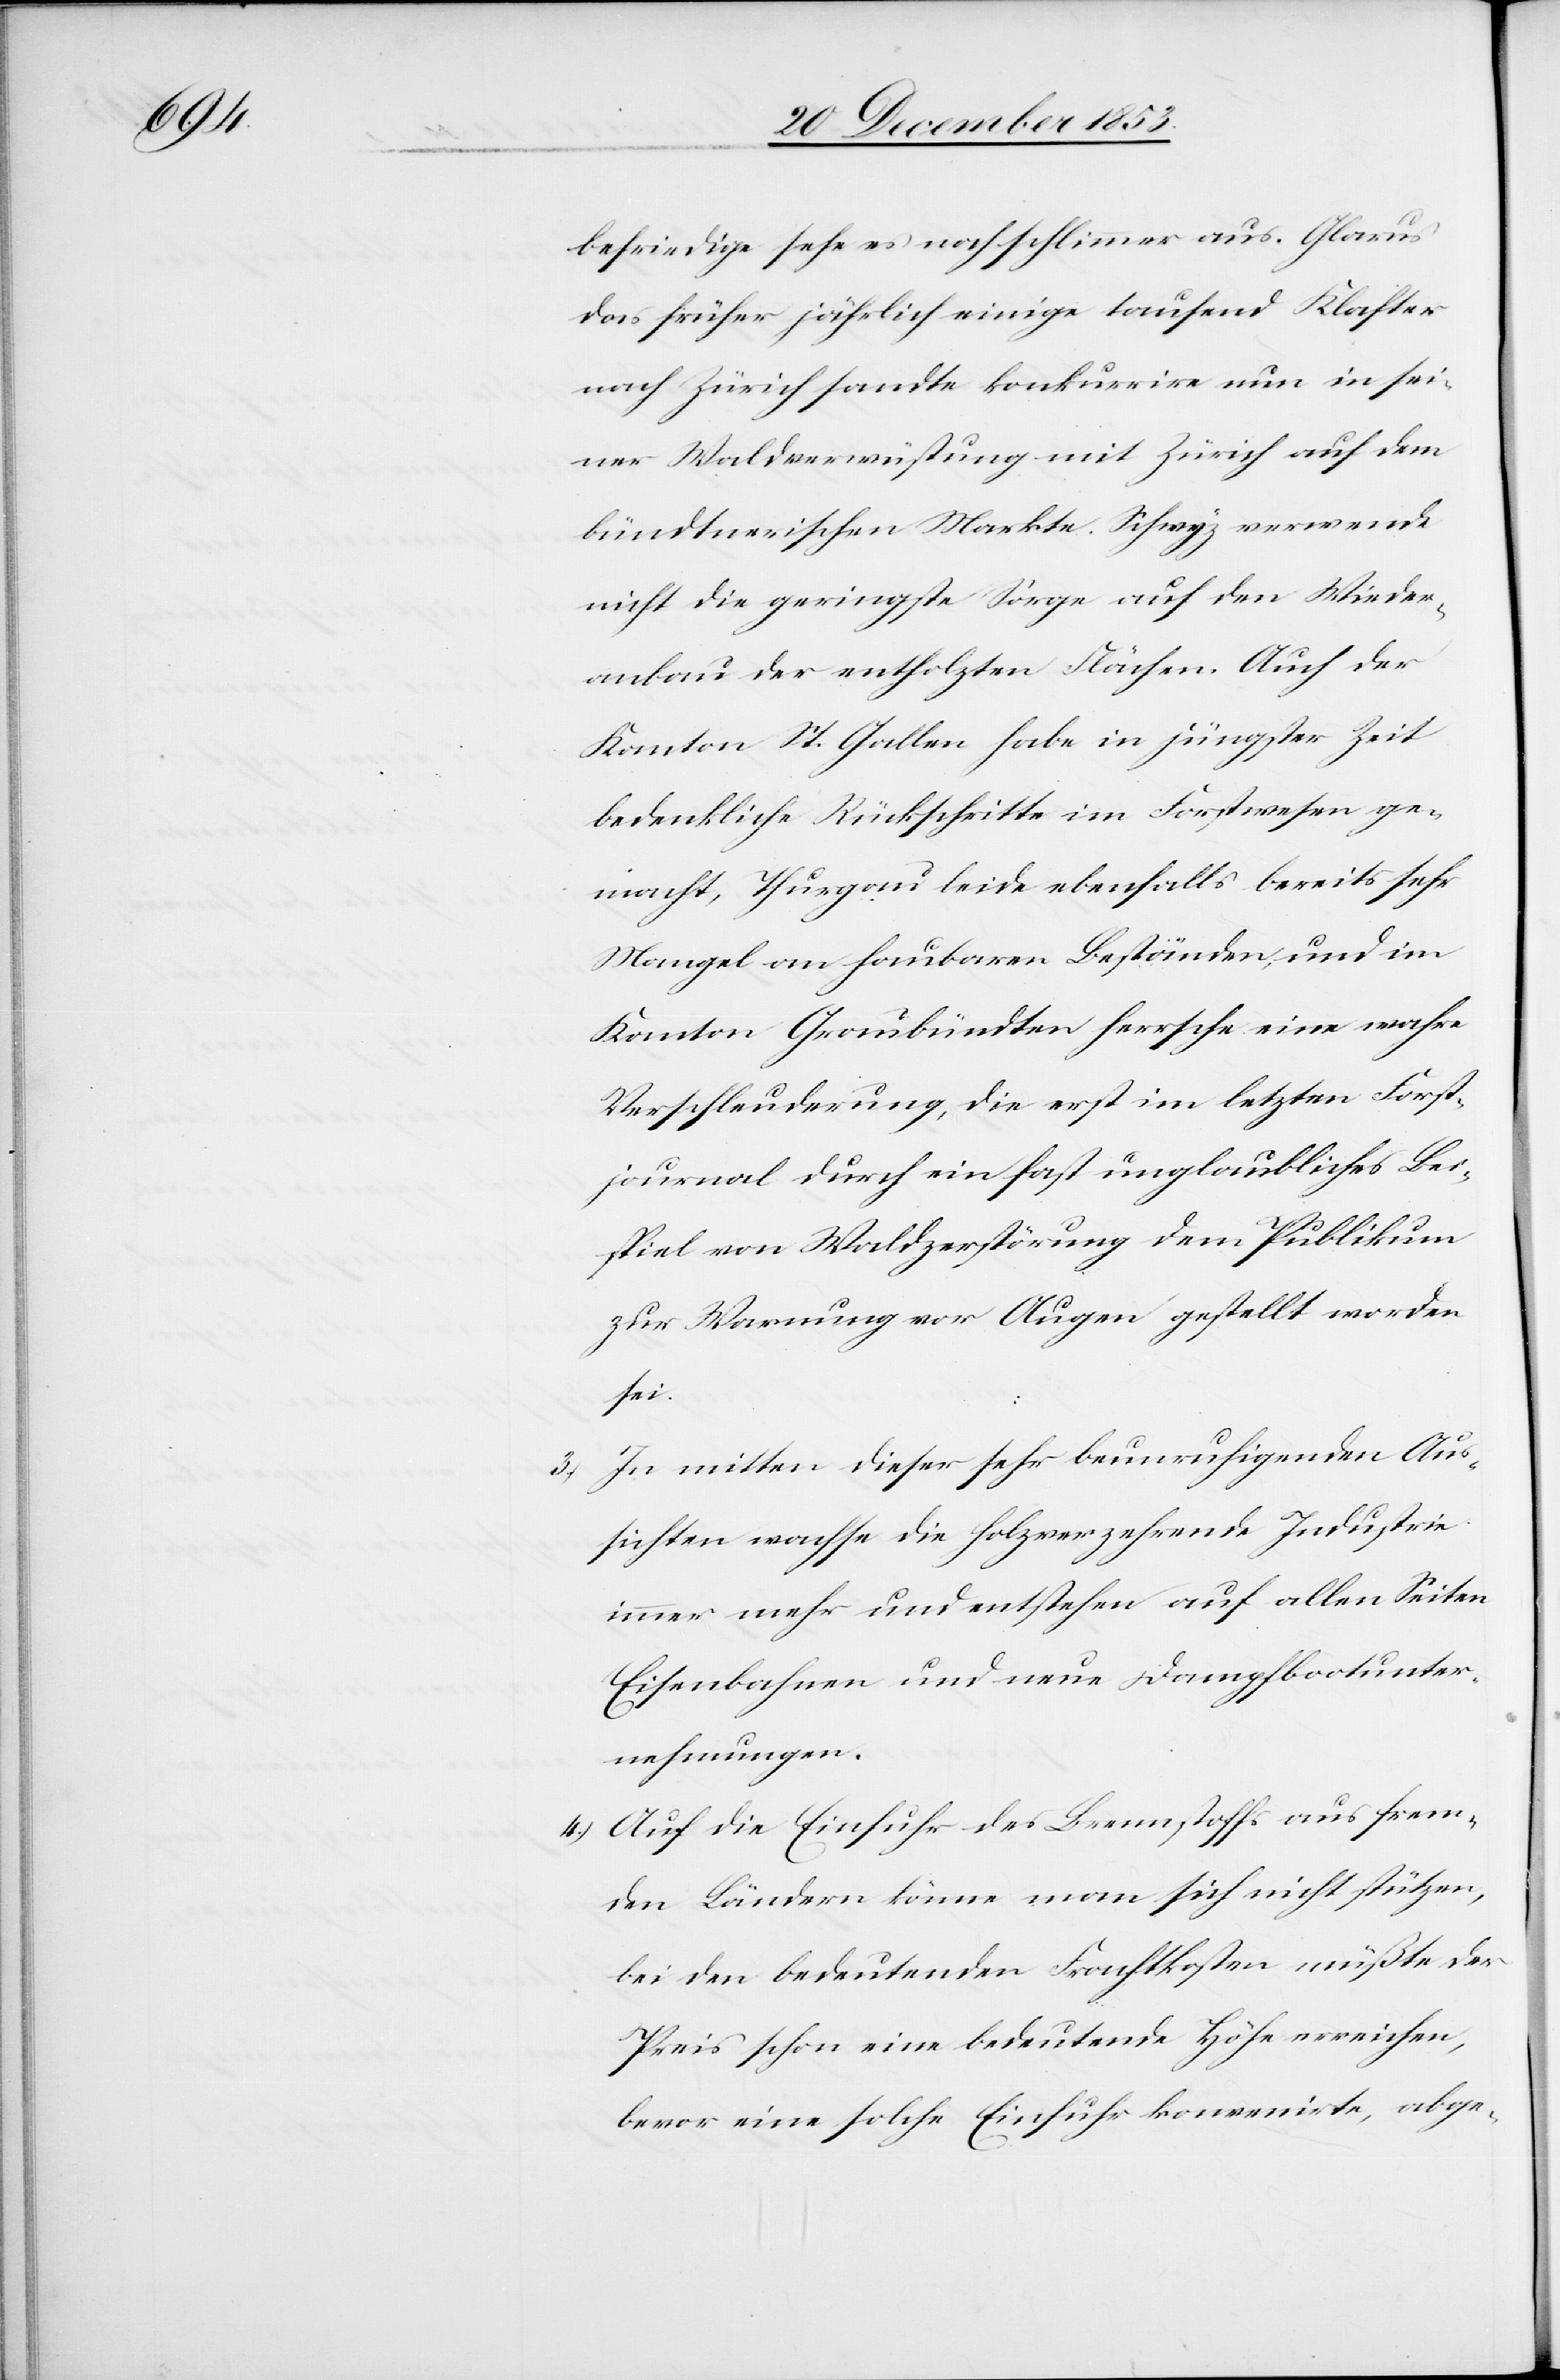
3.)

befriedige sehe es noch schlimmer aus. Glarus
das früher jährlich einige tausend Klaster
nach Zürich sandte konkurrire nun in sei¬
ner Waldverwüstung mit Zürich auf dem
bündtnerischen Markte. Schwyz verwende
nicht die geringste Sorge auf den Wieder¬
anbau der entholzten Flächen. Auch der
Kanton St. Gallen habe in jüngster Zeit
bedenkliche Rückschritte im Forstwesen ge¬
macht, Thurgau leide ebenfalls bereits sehr
Mangel an haubaren Beständen, und im
Kanton Graubündten herrsche eine wahre
Verschleuderung, die erst im letzten Forst¬
journal durch ein fast unglaubliches Bei¬
spiel von Waldzerstörung dem Publikum
zur Warnung vor Augen gestellt worden
sei.
In mitten dieser sehr beruhigenden Aus¬
sichten wachse die holzverzehrende Industrie
immer mehr und entstehen auf allen Seiten
Eisenbahnen und neue Dampfbootunter¬
nehmungen.
4.) Auf die Einfuhr des Brennstoffs aus frem¬
den Ländern könne man sich nicht stützen,
bei den bedeutenden Frachtkosten müßte der
Preis schon eine bedeutende Höhe erreichen,
bevor eine solche Einfuhr konvenirte, abge-